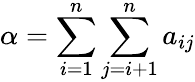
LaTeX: \alpha=\sum_{i=1}^{n}\sum_{j=i+1}^{n}a_{ij}